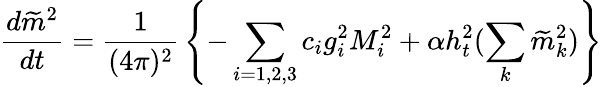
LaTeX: {\frac{d\widetilde m^{2}}{dt}}={\frac{1}{(4\pi)^{2}}}\left\{ -\sum_{i=1,2,3}c_{i}g_{i}^{2}M_{i}^{2}+\alpha h_{t}^{2}(\sum_{k}\widetilde m_{k}^{2})\right\}